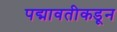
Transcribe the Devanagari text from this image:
पद्मावतीकडून